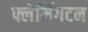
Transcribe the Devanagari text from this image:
फ्लेमिंगटन